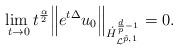
LaTeX: \begin{align*}\underset{t \rightarrow 0}{\rm lim\ }t^{\frac{\alpha}{2}}\Big\|e^{t\Delta}u_0\Big\|_{\dot{H}^{\frac{d}{p} - 1}_{\mathcal{L}^{\tilde p,1}}} = 0.\end{align*}